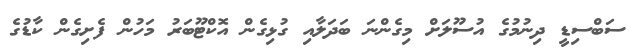
ސަބްސިޑީ ދިނުމުގެ އުސޫލަށް މިގެންނަ ބަދަލާއި ގުޅިގެން އޮކްޓޫބަރު މަހުން ފެށިގެން ކާޑުގެ